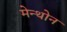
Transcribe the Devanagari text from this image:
मेन्थोन